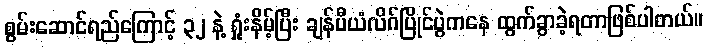
စွမ်းဆောင်ရည်ကြောင့် ၃၂ နဲ့ ရှုံးနိမ့်ပြီး ချန်ပီယံလိဂ်ပြိုင်ပွဲကနေ ထွက်ခွာခဲ့ရတာဖြစ်ပါတယ်။